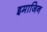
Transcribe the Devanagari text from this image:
इमाजिन